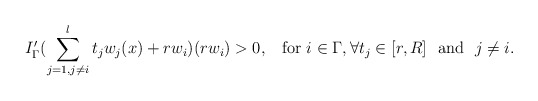
\begin{align*} I_{\Gamma}'(\sum_{j=1, j\neq i}^{l}t_j w_j(x)+rw_i)(rw_i)>0,\,\,\,\hbox{ for } i \in \Gamma, \forall t_j\in[r,R]\ \ \hbox{and}\ \ j\neq i.\end{align*}